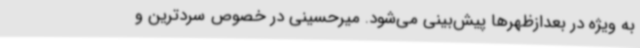
به ویژه در بعدازظهرها پیش‌بینی می‌شود. میرحسینی در خصوص سردترین و